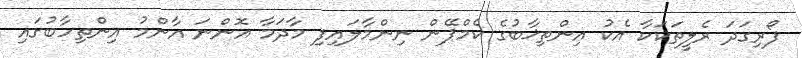
ފޯރިގަދަ ރެލީތަކަކާ އެކު އިންތިޚާބުގެ ކެމްޕޭން ނިންމާލައިފި މާދަމާ އޮންނަ އާންމު އިންތިހާބުގައި